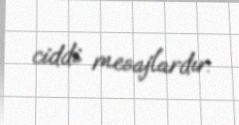
ciddi mesajlardır.